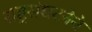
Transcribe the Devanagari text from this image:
राष्ट्रसंघटनेने